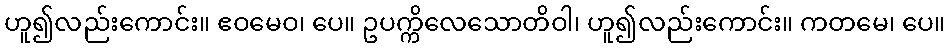
ဟူ၍လည်းကောင်း။ ဧဝမေဝ၊ ပေ။ ဥပက္ကိလေသောတိဝါ၊ ဟူ၍လည်းကောင်း။ ကတမေ၊ ပေ။